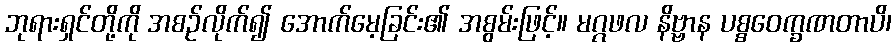
ဘုရားရှင်တို့ကို အစဉ်လိုက်၍ အောက်မေ့ခြင်း၏ အစွမ်းဖြင့်။ မဂ္ဂဖလ နိဗ္ဗာန ပစ္စဝေက္ခဏတာပိ၊